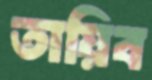
তায়িব